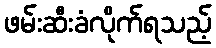
ဖမ်းဆီးခံလိုက်ရသည့်